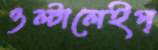
ওল্টালেইপ্